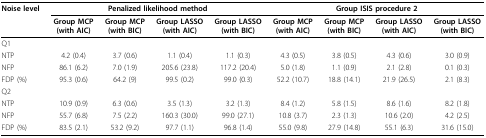
<table><thead><tr><td><b>Noise level</b></td><td colspan="4"><b>Penalized likelihood method</b></td><td colspan="4"><b>Group ISIS procedure 2</b></td></tr><tr><td></td><td><b>Group MCP(with AIC)</b></td><td><b>Group MCP(with BIC)</b></td><td><b>Group LASSO(with AIC)</b></td><td><b>Group LASSO(with BIC)</b></td><td><b>Group MCP(with AIC)</b></td><td><b>Group MCP(with BIC)</b></td><td><b>Group LASSO(with AIC)</b></td><td><b>Group LASSO(with BIC)</b></td></tr></thead><tbody><tr><td>Q1</td><td></td><td></td><td></td><td></td><td></td><td></td><td></td><td></td></tr><tr><td>NTP</td><td>4.2 (0.4)</td><td>3.7 (0.6)</td><td>1.1 (0.4)</td><td>1.1 (0.3)</td><td>4.3 (0.5)</td><td>3.8 (0.5)</td><td>4.3 (0.6)</td><td>3.0 (0.9)</td></tr><tr><td>NFP</td><td>86.1 (6.2)</td><td>7.0 (1.9)</td><td>205.6 (23.8)</td><td>117.2 (20.4)</td><td>5.0 (1.8)</td><td>1.1 (0.9)</td><td>2.1 (2.8)</td><td>0.1 (0.3)</td></tr><tr><td>FDP (%)</td><td>95.3 (0.6)</td><td>64.2 (9)</td><td>99.5 (0.2)</td><td>99.0 (0.3)</td><td>52.2 (10.7)</td><td>18.8 (14.1)</td><td>21.9 (26.5)</td><td>2.1 (8.3)</td></tr><tr><td>Q2</td><td></td><td></td><td></td><td></td><td></td><td></td><td></td><td></td></tr><tr><td>NTP</td><td>10.9 (0.9)</td><td>6.3 (0.6)</td><td>3.5 (1.3)</td><td>3.2 (1.3)</td><td>8.4 (1.2)</td><td>5.8 (1.5)</td><td>8.6 (1.6)</td><td>8.2 (1.8)</td></tr><tr><td>NFP</td><td>55.7 (6.8)</td><td>7.5 (2.2)</td><td>160.3 (30.0)</td><td>99.0 (27.1)</td><td>10.8 (3.7)</td><td>2.3 (1.3)</td><td>10.6 (2.0)</td><td>4.2 (2.5)</td></tr><tr><td>FDP (%)</td><td>83.5 (2.1)</td><td>53.2 (9.2)</td><td>97.7 (1.1)</td><td>96.8 (1.4)</td><td>55.0 (9.8)</td><td>27.9 (14.8)</td><td>55.1 (6.3)</td><td>31.6 (15.0)</td></tr></tbody></table>